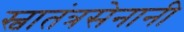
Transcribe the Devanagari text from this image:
स्वातंत्रसेनानी